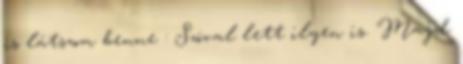
is látszom benne : Szóval lett ilyen is. Majd